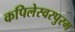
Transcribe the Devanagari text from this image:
कपिलेस्वरपुरम